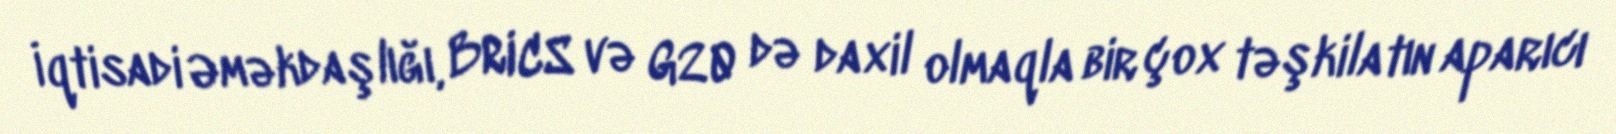
İqtisadi Əməkdaşlığı, BRICS və G20 də daxil olmaqla bir çox təşkilatın aparıcı